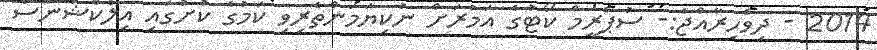
2014 - ދިވެހިރާއްޖެ:- ސުޕްރީމް ކޯޓުގެ އަމުރަށް ނުކިޔަމަންތެރިވި ކަމުގެ ކުށުގައި އިލެކްޝަންސް